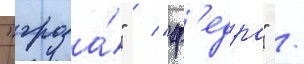
"гроза́" / "ф'едра" /